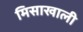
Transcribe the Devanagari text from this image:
मिसाखाली